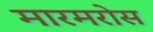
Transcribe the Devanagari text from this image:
मारमरोस